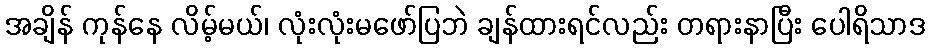
အချိန် ကုန်နေ လိမ့်မယ်၊ လုံးလုံးမဖော်ပြဘဲ ချန်ထားရင်လည်း တရားနာပြီး ပေါရိသာဒ